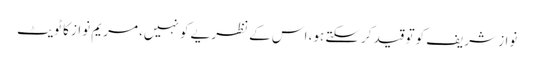
نواز شریف کو تو قید کرسکتے ہو، اس کے نظریے کو نہیں، مریم نواز کا ٹویٹ